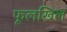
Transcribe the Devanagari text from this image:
फूलखिल